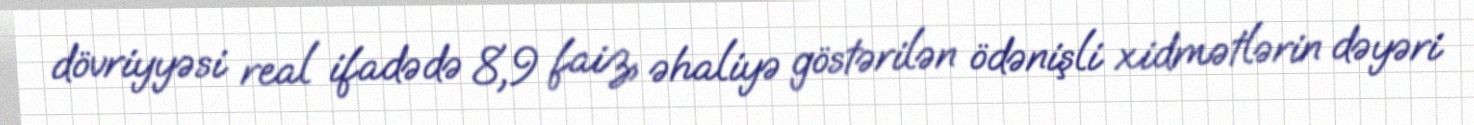
dövriyyəsi real ifadədə 8,9 faiz, əhaliyə göstərilən ödənişli xidmətlərin dəyəri